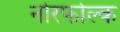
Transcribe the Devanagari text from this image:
नोरफोल्क